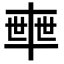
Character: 𠦴